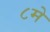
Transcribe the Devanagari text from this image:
८मे